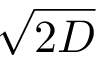
\sqrt { 2 D }